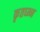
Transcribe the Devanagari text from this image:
कृतघ्न्न